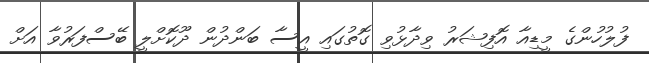
ފުލުހުންގެ މީޑިއާ އޮފިޝަރު ވިދާޅުވި ގޮތުގައި އީސާ ބަންދުން ދޫކޮށްލީ ބޭސްފަރުވާ އަށް